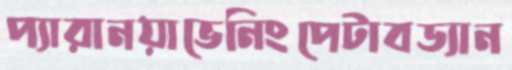
প্যারানয়াভেনিংপেটাবড্যান